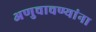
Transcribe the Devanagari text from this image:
अणुचाचण्यांना